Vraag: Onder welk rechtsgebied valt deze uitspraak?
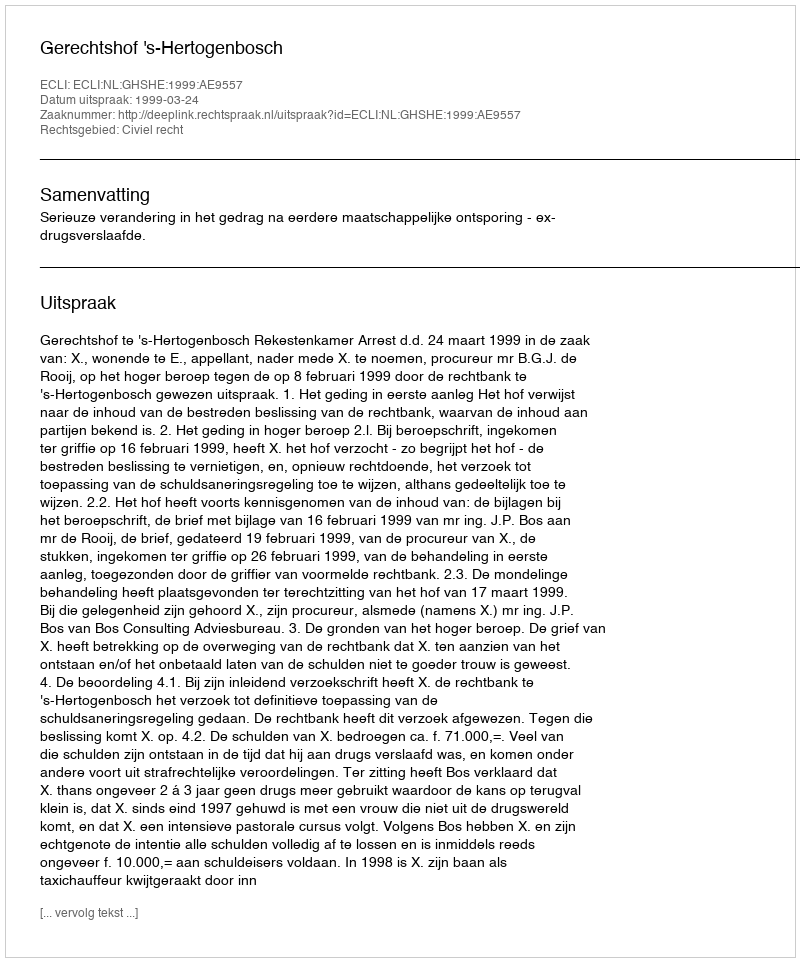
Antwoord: Civiel recht